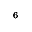
^ { 6 }